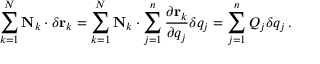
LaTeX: \sum _ { k = 1 } ^ { N } \mathbf { N } _ { k } \cdot \delta \mathbf { r } _ { k } = \sum _ { k = 1 } ^ { N } \mathbf { N } _ { k } \cdot \sum _ { j = 1 } ^ { n } { \frac { \partial \mathbf { r } _ { k } } { \partial q _ { j } } } \delta q _ { j } = \sum _ { j = 1 } ^ { n } Q _ { j } \delta q _ { j } \, .